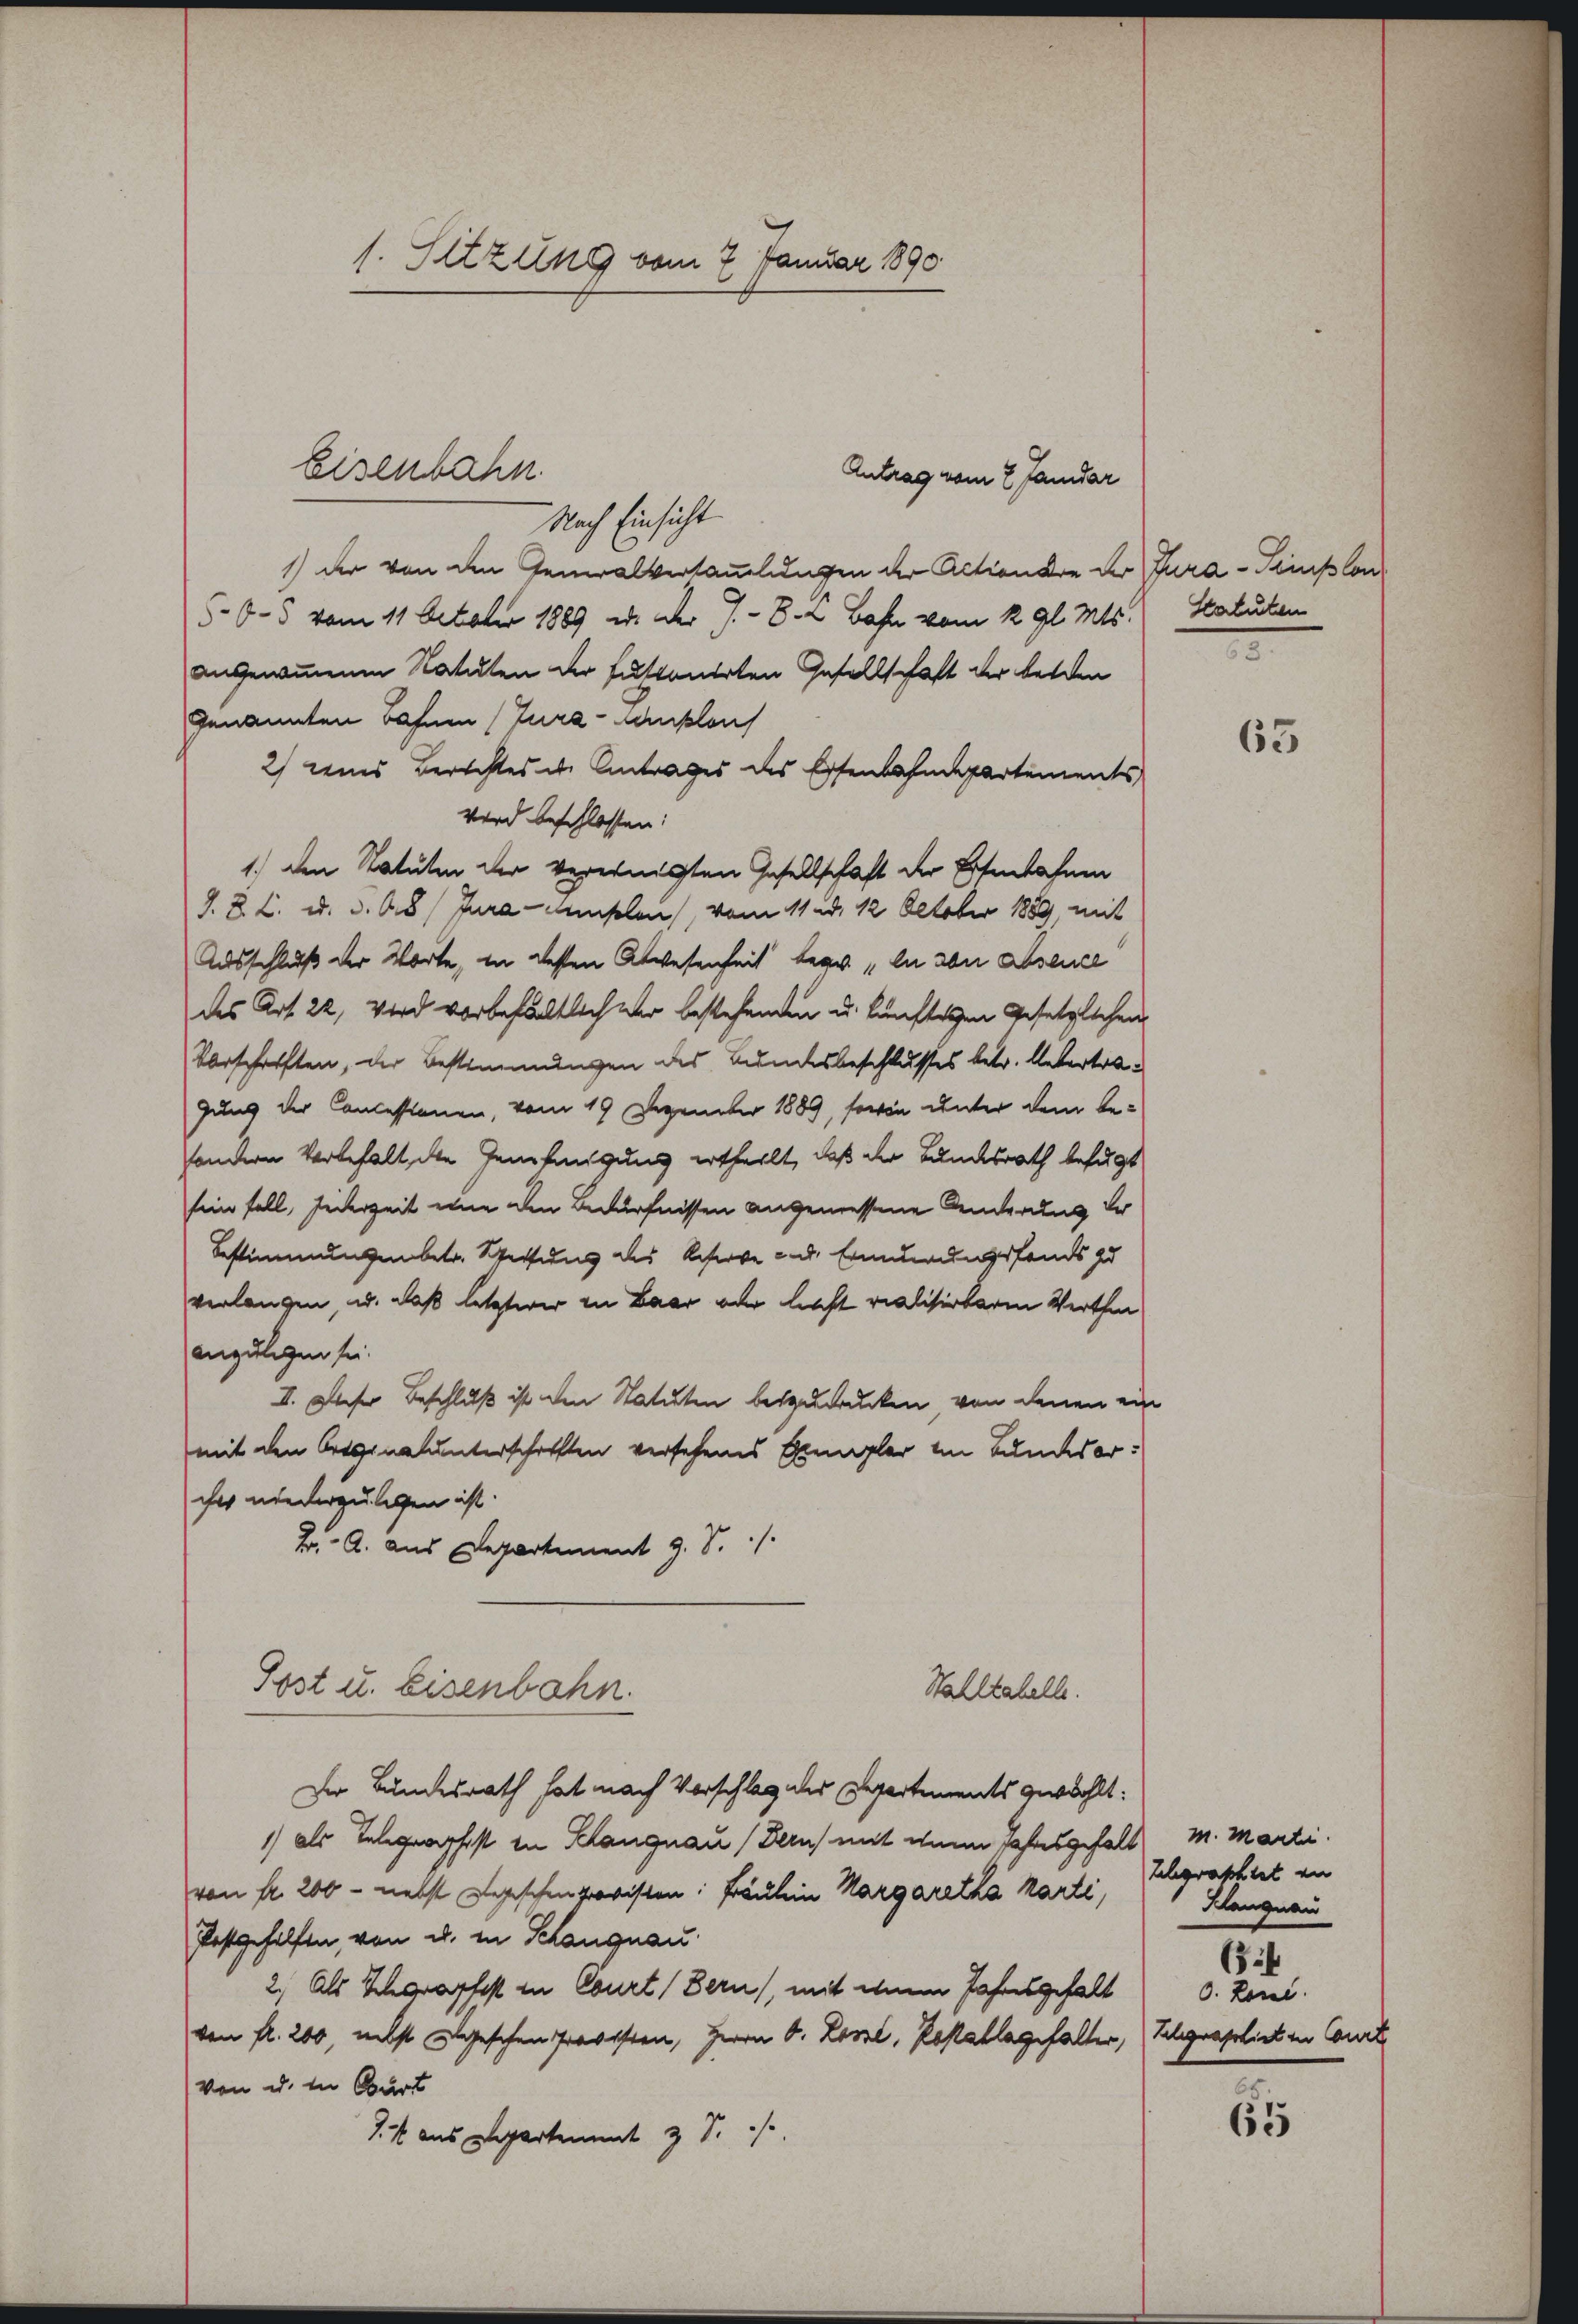
1. Sitzung vom 7. Januar 1890

Antrag vom 2 Janidar
Nach Einsicht
1) der von den Generalversammelungen der Actionare der Tura-Seinplon
50-5 vom 11. October 1889 u. der J.- 8. 2 Bahn vom 22. gl. Mts. Statuten
angenommenen Statuten der fustonirten Gesellschaft der beiden
genannten Bahnen (Zura-Canklaus
2) eins Berechtes de Antrages des Eisenbahndepartements
wird beschlossen:
1.) den Statuten der vereinigten Gesellschaft der Eisenbahnen
J. B. L. d. d. 18. Jura-Amslen, vom 11. ad. 12 Oktober 1889 mit
Ausschluß der Worte, in dessen Abwesenheit begr. in von Absence
des Art. 22, Wird vorbehältlich der bestehenden u. künftigen Gesetzlichen
Vorschafften, der Bestimmungen des Bundesbeschlusses betr. Untertragung der Concessionen, vom 19 Dezember 1889, sowie unter dem besondern Vorbehalt die Genehmigung ertheilt, daß der Bundesrath befugt
sin fall, jederzeit eine den Bedürfnissen angemessene Anderung der
Bestimmungen betr. Spettung des Keserve u. d. Errungsfonds zu
verlangen, u. daß letzterer in Baar vor liest realisirbaren Werthe
angelegen sei.
II. Dieser Beschluß ist den Statuten beizudrucken, von denen ein
mit den Originalunterschafften versehenes Exemplar im Bundesorcher niederzulegen ist.
E A. aus Departement J. S. 1
Post u. Eisenbahn.
Wahlkabelle.
Der Bundesrath hat nach Vorschlag des Departements gewählt:
1) als Telegraphist in Klangnau (Dern) mit den Jahresgefall M. Marti
von fr. 200 - nebst Logischenprovisten: Fräulein Margaretha kanti, Schgrasheit an
Postgehilfen, von u. in Schangnau
2.) Als Schgropfest in Court (Bern, mit einem Jahresgehalt
von fl. 200, nebst geschen Provisten, Herrn O. Lorze, Postatlagehalter, Telegraphirt in Concl
von u. in Bart
14 aus Departement 2 S.

Eisenbahn

63

Klangnau
64
0. Lonl.

65